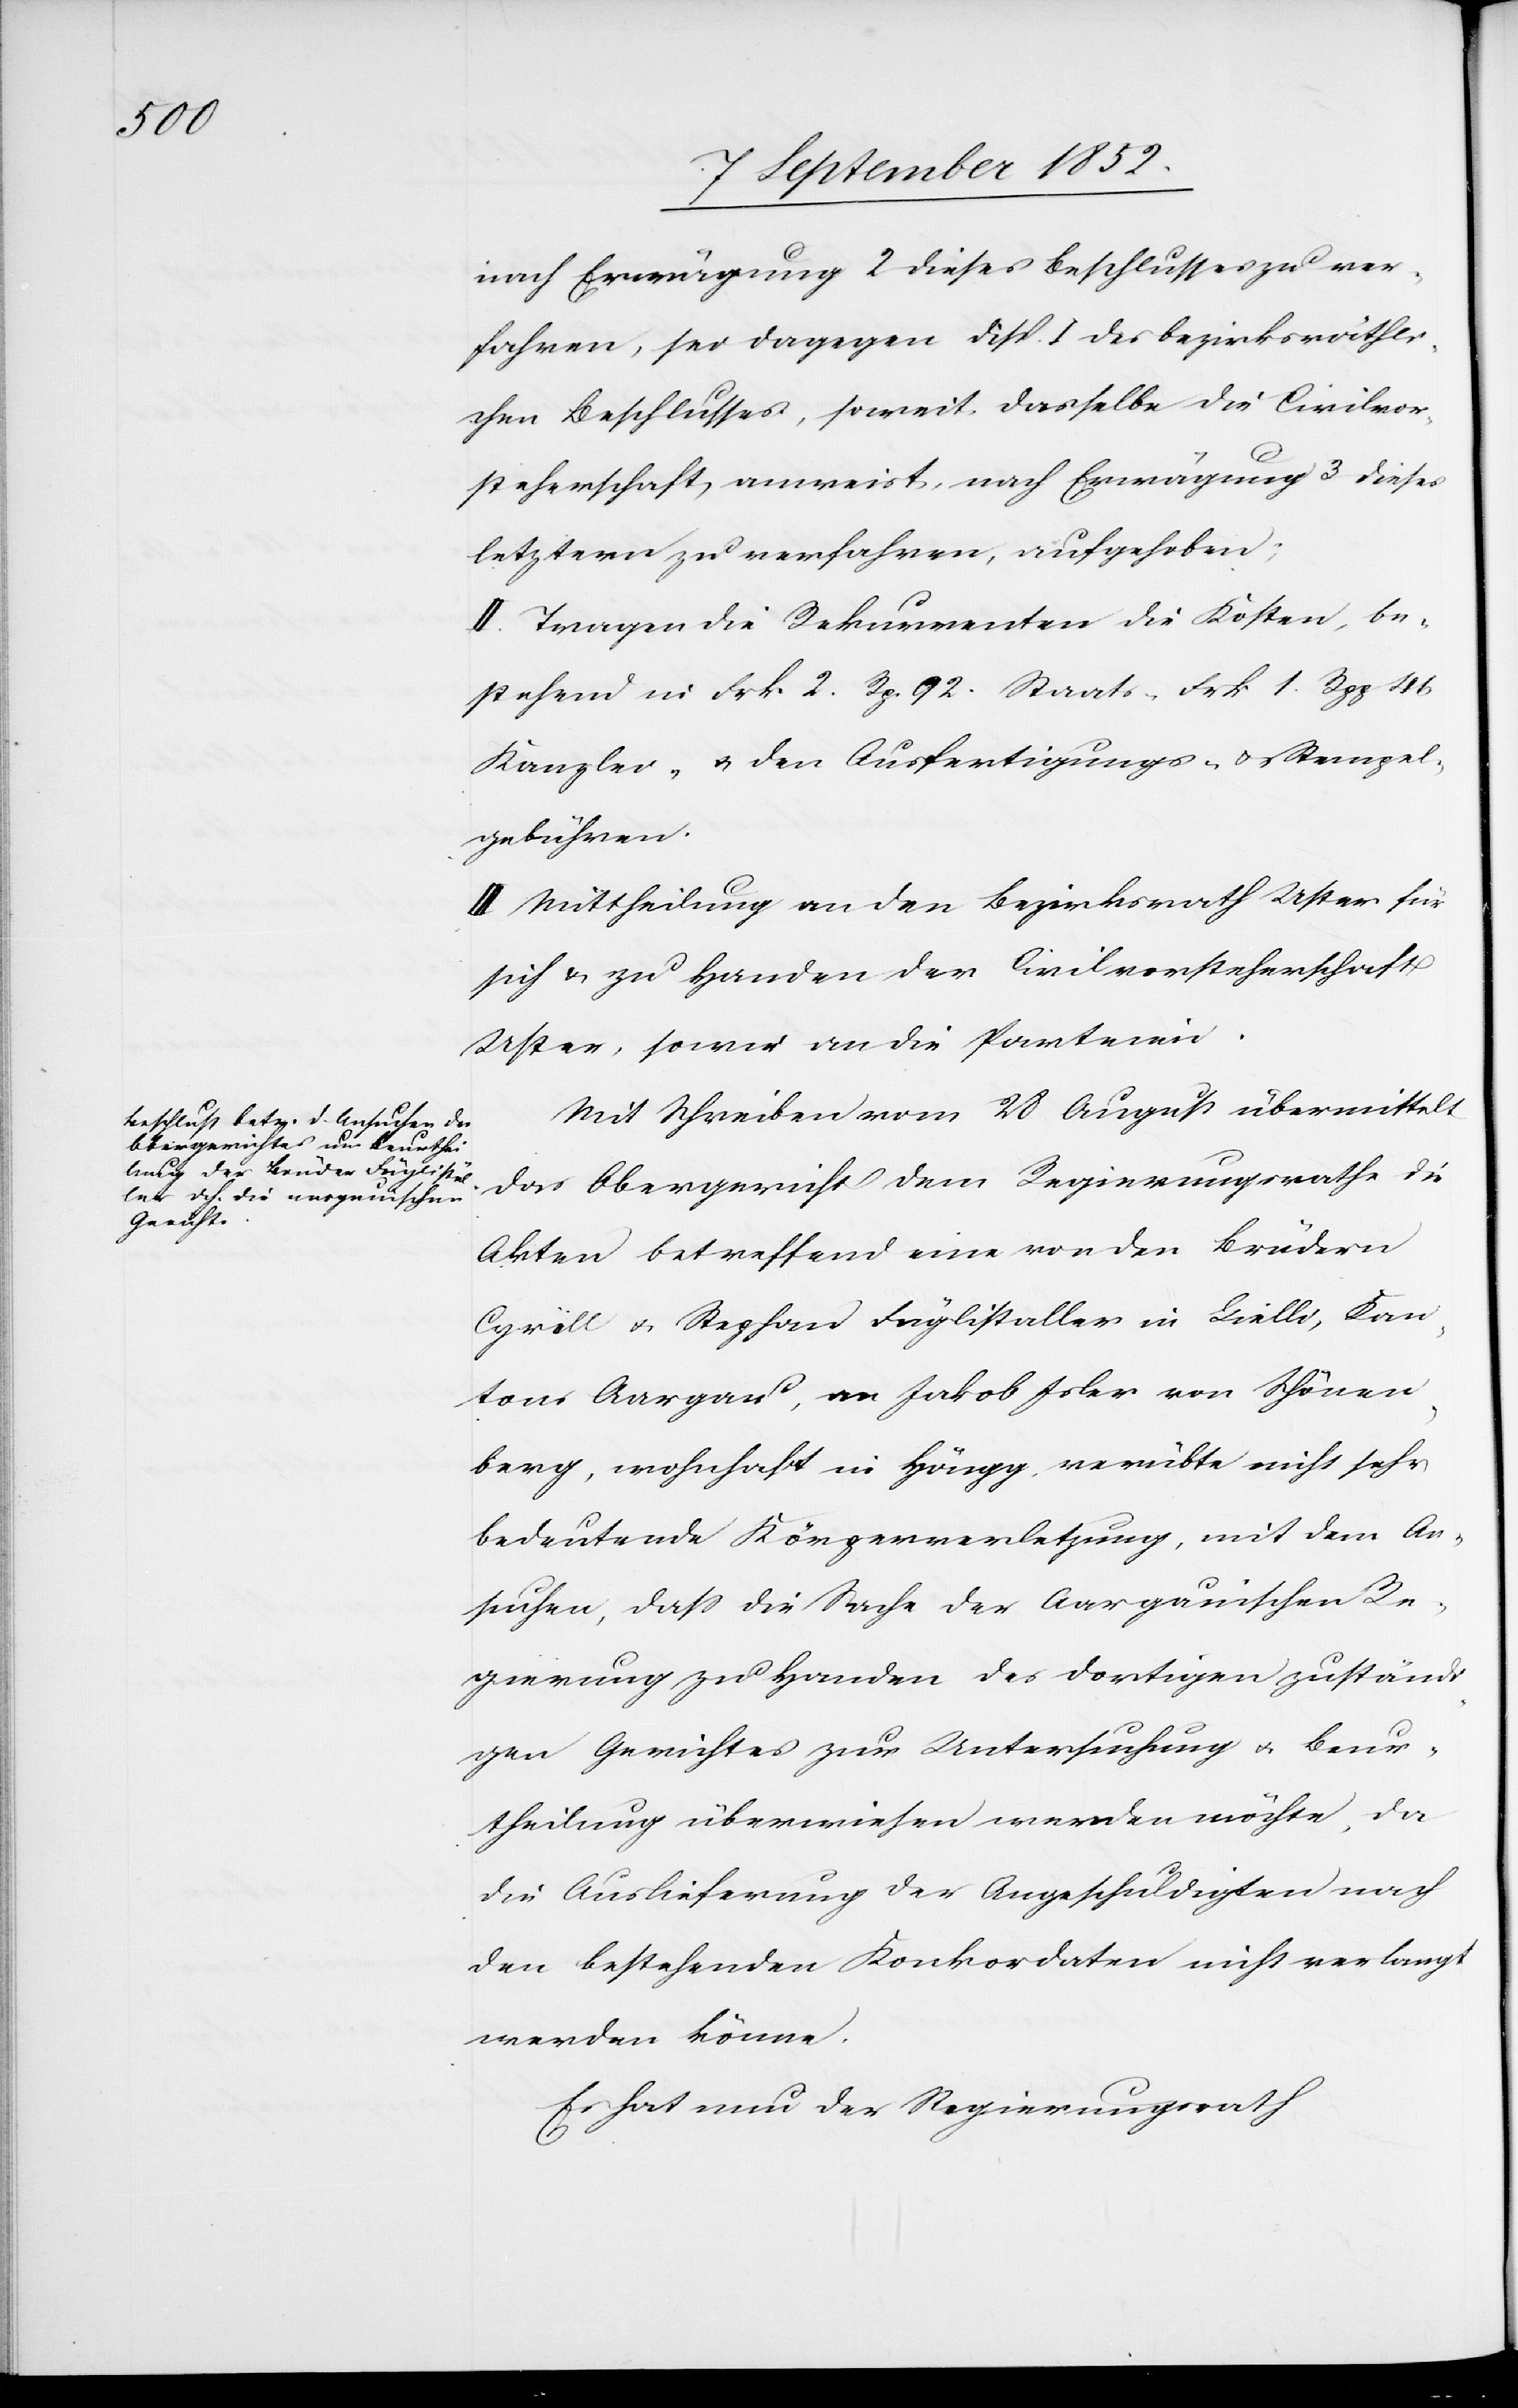
nach Erwägung 2 dieses Beschlusses zu ver¬
fahren, sei dagegen Disp. I des bezirksräthli¬
chen Beschlusses, soweit dasselbe die Civilvor¬
steherschaft anweist, nach Erwägung 3 dieses
letztern zu verfahren, aufgehoben;
II. Tragen die Rekurrenten die Kosten, be¬
stehend in Frk. 2. Rp. 92. Staats-[,] Frk 1. Rpp 46
Kanzlei- & den Ausfertigungs- & Stempel¬
gebühren.
III Mittheilung an den Bezirksrath Uster für
sich & zu Handen der Civilvorsteherschaft
Uster, sowie an die Parteien.
Mit Schreiben vom 28 August übermittelt
das Obergericht dem Regierungsrathe die
Akten betreffend eine von den Brüdern
Cyrill & Stephan Füglistaller in Lielli, Kan¬
tons Aargau, an Jakob Isler von Schönen¬
berg, wohnhaft in Höngg, verübte nicht sehr
bedeutende Körperverletzung, mit dem An¬
suchen, dass die Sache der Aargauischen Re¬
gierung zu Handen des dortigen zuständi¬
gen Gerichtes zur Untersuchung & Beur¬
theilung überwiesen werden möchte, da
die Auslieferung der Angeschuldigten nach
den bestehenden Konkordaten nicht verlangt
werden könne.
Es hat nun der Regierungsrath